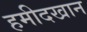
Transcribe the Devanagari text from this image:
हमीदखान